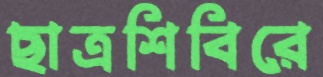
ছাত্রশিবিরে